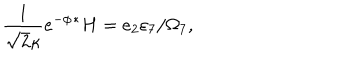
{ { \frac { 1 } { \sqrt { 2 } \kappa } } e ^ { - \phi } { } ^ { \ast } H = e _ { 2 } \varepsilon _ { 7 } / \Omega _ { 7 } , }